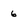
Character: 6